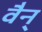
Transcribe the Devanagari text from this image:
वैन्